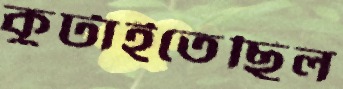
কুটাইতেছিল